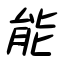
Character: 能